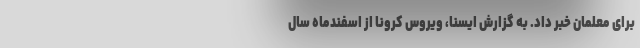
برای معلمان خبر داد. به گزارش ایسنا،‌ ویروس کرونا از اسفندماه سال